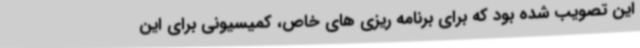
این تصویب شده بود که برای برنامه ریزی های خاص، کمیسیونی برای این